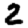
Digit: 2